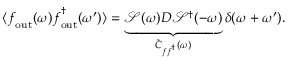
\langle \boldsymbol { f } _ { \mathrm { o u t } } ( \omega ) \boldsymbol { f } _ { \mathrm { o u t } } ^ { \dagger } ( \omega ^ { \prime } ) \rangle = \underbrace { \mathcal { S } ( \omega ) D \mathcal { S } ^ { \dagger } ( - \omega ) } _ { \tilde { C } _ { \boldsymbol { f } \boldsymbol { f } ^ { \dagger } } ( \omega ) } \delta ( \omega + \omega ^ { \prime } ) .